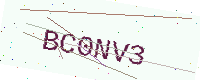
Text: BC0NV3